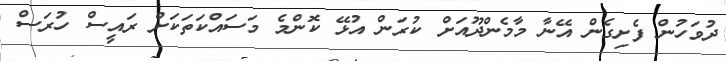
ދުވަހުން ފެށިގެން އޭނާ މާމެންދޫއަށް ކުރަން އުޅޭ ކޮންމެ މަސައްކަތަކަށް ރައީސް ހުރަސް